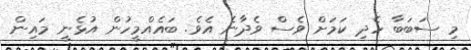
މި ސަބަބާ ހެދި ކަމަށް ވެސް ވެދާނެ އެވެ. ބައެއްމީހުން އުޅެނީ މައިން